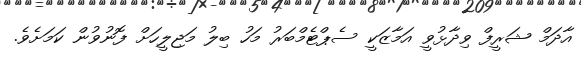
އާދަމް ޝަރީފް ވިދާޅުވީ އަމާޒަކީ ސެޕްޓެމްބަރު މަހު ބިލު މަޖިލީހަށް ފޮނުވުން ކަމަށެވެ.